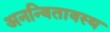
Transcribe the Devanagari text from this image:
अनन्वितावस्थ